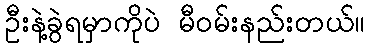
ဦးနဲ့ခွဲရမှာကိုပဲ မီဝမ်းနည်းတယ်။